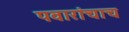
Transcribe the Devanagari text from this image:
पवारांचाच